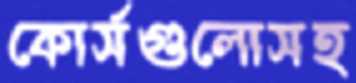
কোর্সগুলোসহ